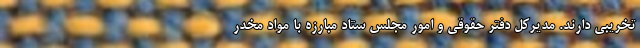
تخریبی دارند. مدیرکل دفتر حقوقی و امور مجلس ستاد مبارزه با مواد مخدر